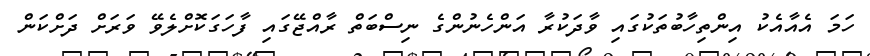
ހަމަ އެއާއެކު އިންތިހާބުތަކުގައި ވާދަކުރާ އަންހެނުންގެ ނިސްބަތް ރާއްޖޭގައި ފާހަގަކޮށްލެވޭ ވަރަށް ދަށްކަން